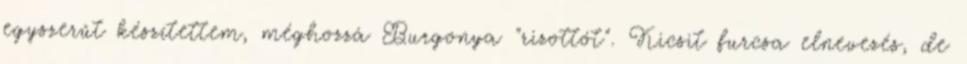
egyszerűt készítettem, méghozzá Burgonya "rizottót". Kicsit furcsa elnevezés, de